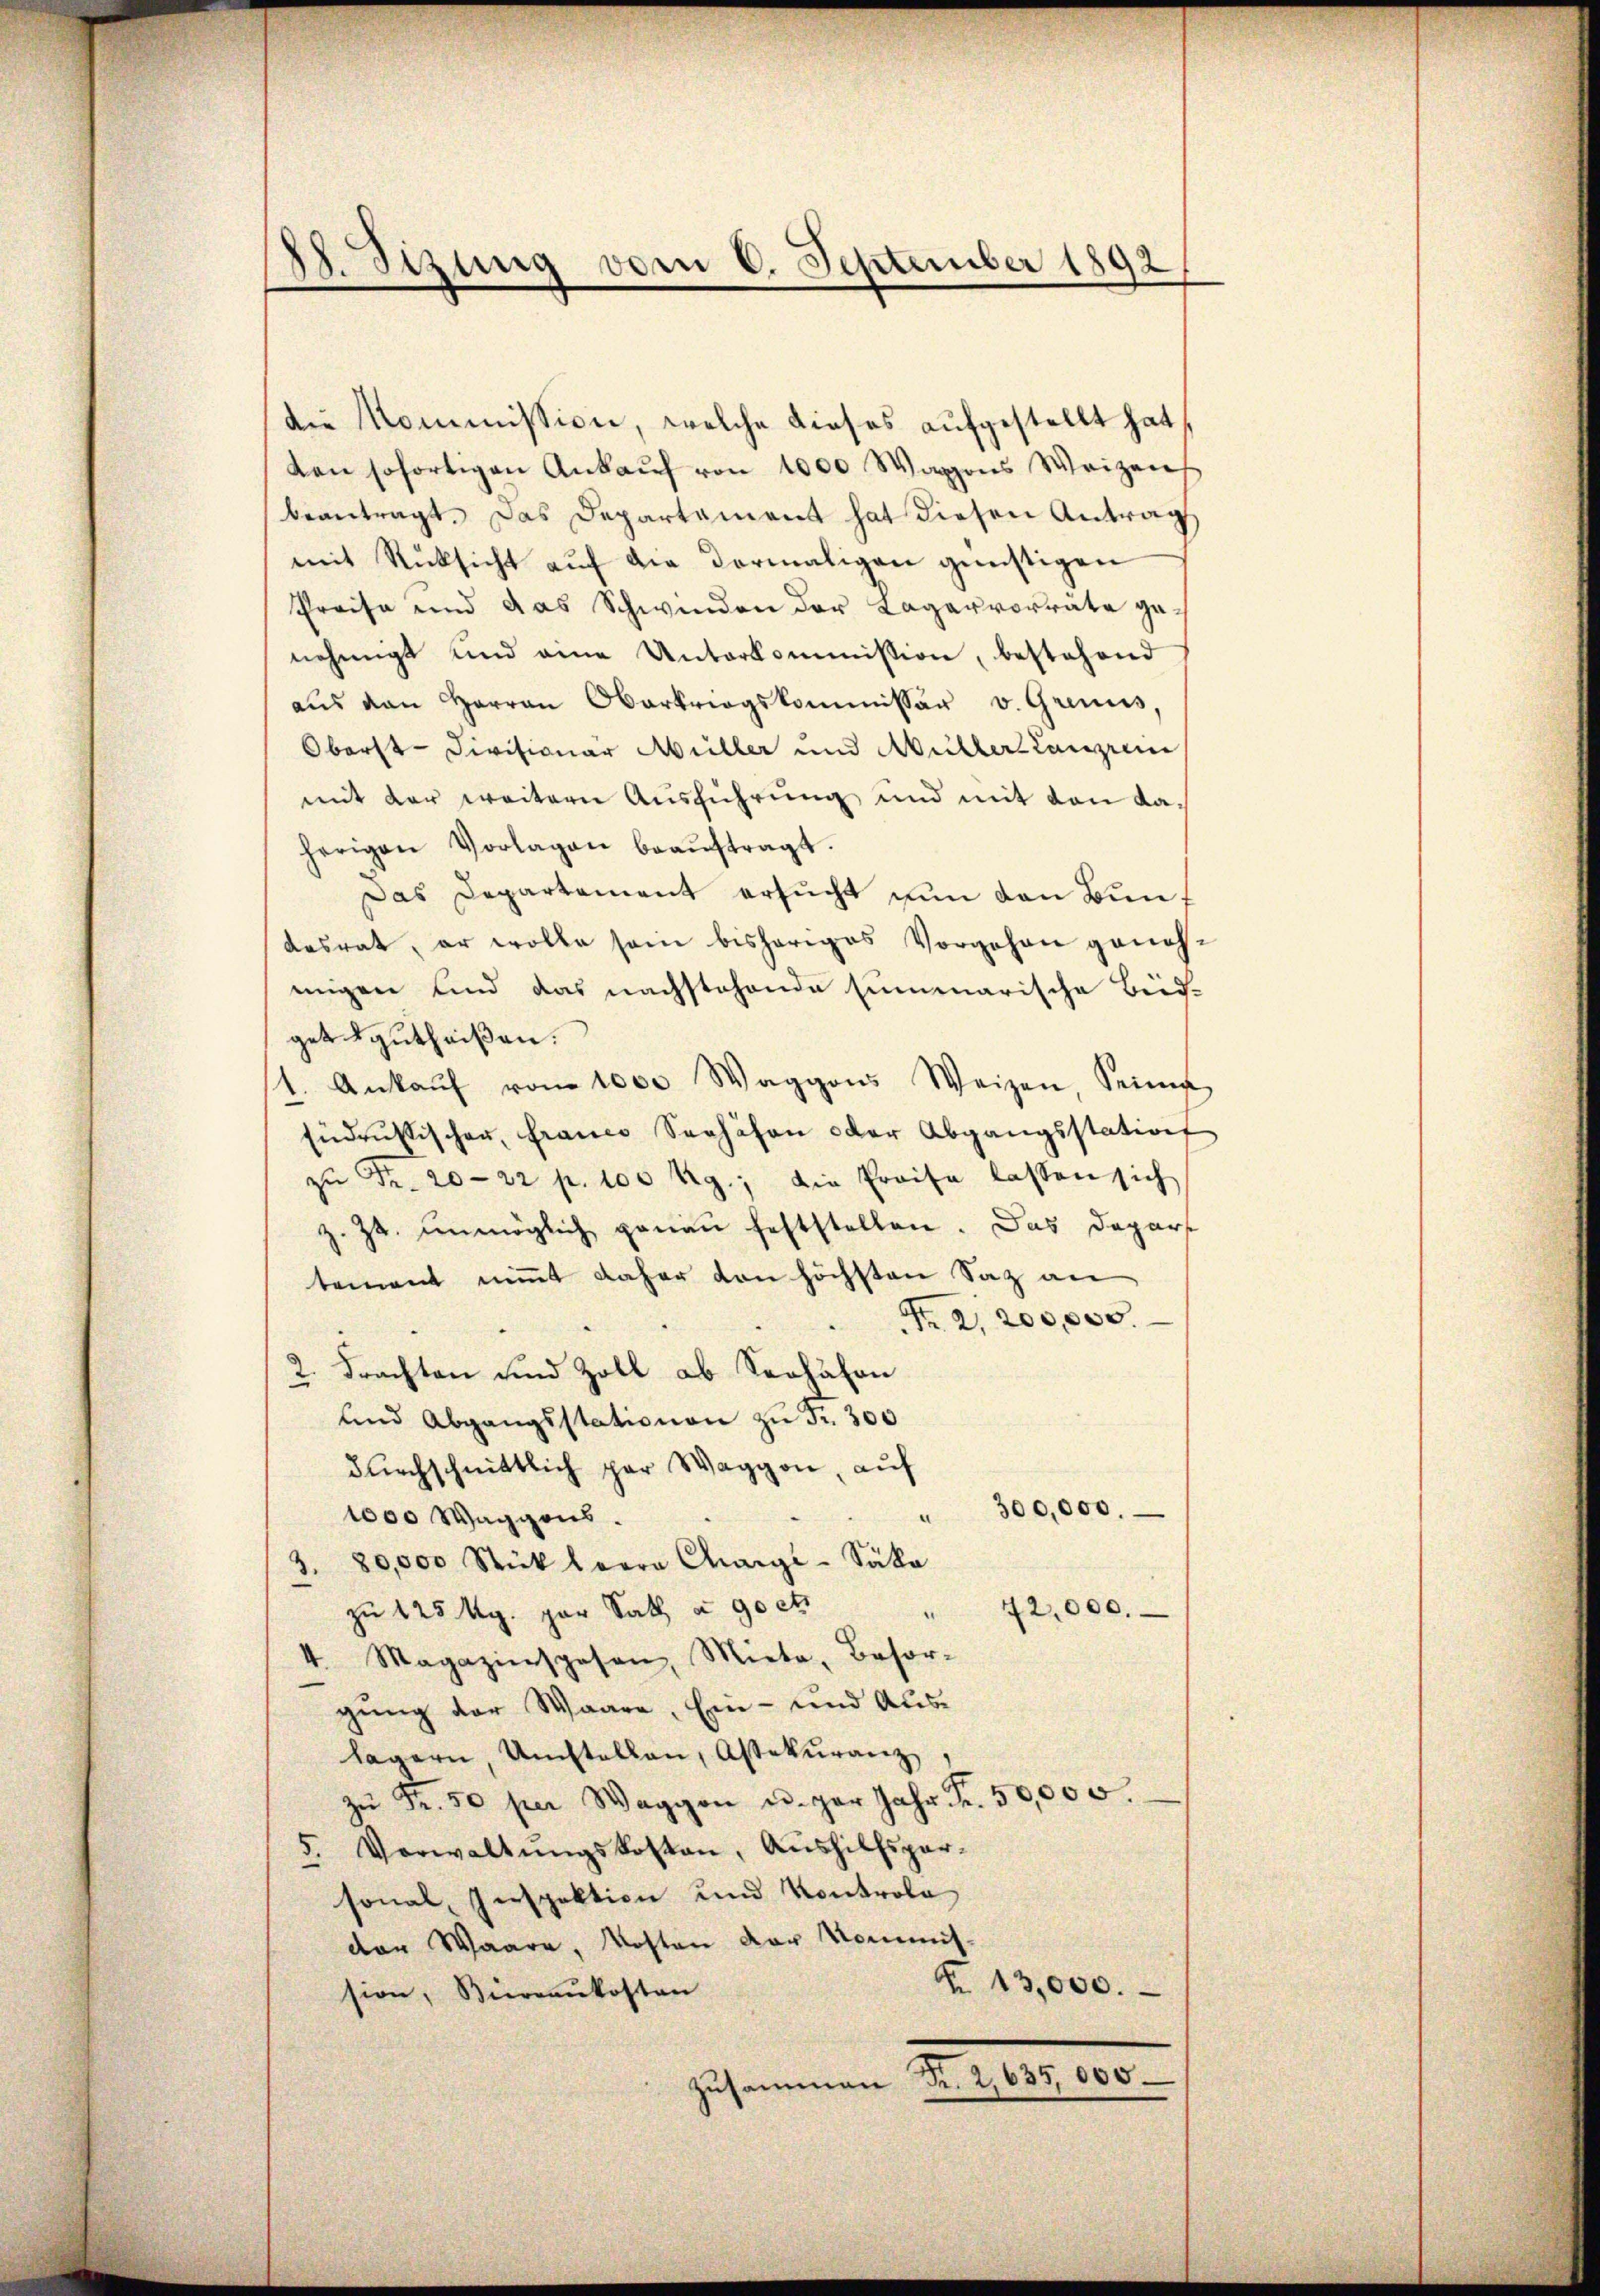
die Kommission, welche dieses aufgestellt hat,
ten sofortigen Ankauf von 1000 Wagons Weizen
beantragt. Das Departament hat diesen Antrag
mit Rücksicht aŭf die Vormaligen günstigen
Preise und das Schwinden der Lagervorrate genehmigt und eine Unterkommission, bestehend
aŭs den Herren Oberkriegskommissär v. Grenis,
Oberst-Divisionar Müller und Müllers Langrei
mit der weitern Ausführung und mit von Kaherigen Vorlagen beaŭftragt.
Das Departement ersucht nun den Bundesrat, er wolle sein bisheriges Vorgehen genohengen und das nachstehende summarische Bud-
get gutheißen.
1. Ankaŭf von 1000 Waggons Weizen Seinig
Eidrussischen, franco Schähen oder Abgangsstation
zŭ Fr. 20—22 p. 100 Kg., die Preise lassen sich
z. Zt. unmöglich genau feststellen. Das Depar
tement nimmt daher von höchsten Saz an
Fr. 2. 200,000.
2. Frachten und Zoll ab Seefahre
und Abgangsstationen zu Fr. 300
durchschnittlich par Waggon, auf
300,000.
1000 Waggons.
80,000 Stück herrn Chargi-Säka
.
zu 125 Mg. par Satz u 90 cts.
42,000.
4. Magazinspesen, Miete, Besor-
gung der Waare, Ein- und Auslagern, Umstellen, Assekuranz
zŭ Fr. 50 per Waggon u. gar Jahr Fr. 50,000.
Verwaltungskosten, Aushilfspar¬
5.
sonal, Inspektion und Kontrola
der Waare, Kosten der Kommis-
N. 13,000.
sion, Biereaukosten
zusammen Fr. 2,635,000.

88. Sizung vom 6. September 1892
¬